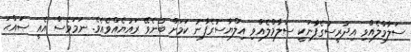
ސަލާމްލެއްވި އިދުރީސުގެފާނަކީ ސަލާމްލެއްވި އިލްޔާސުގެފާނު ކަމަށް ބުނެވޭ ރައުޔެއްވެއެވެ. ނަމަވެސް އެއީ ޞައްޙަ